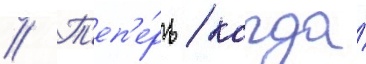
// Т'еп'е́рь / когда́